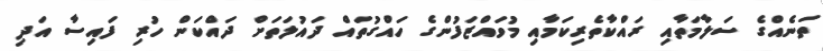
ތަނެއްގެ ސަލާމަތާއި ރައްކާތެރިކަމާއި މުވައްޒަފުންގެ ހައްގުތައް ދައުލަތަށް ދައްކަން ހުރި ފައިސާ އަދި